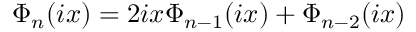
\Phi _ { n } ( i x ) = 2 i x \Phi _ { n - 1 } ( i x ) + \Phi _ { n - 2 } ( i x )